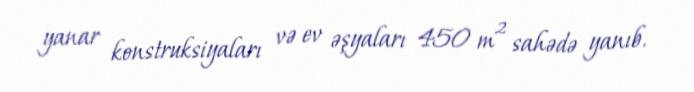
yanar konstruksiyaları və ev əşyaları 450 m² sahədə yanıb.